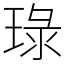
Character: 琭